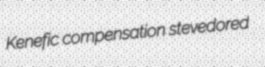
Kenefic compensation stevedored